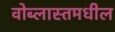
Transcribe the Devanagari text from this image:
वोब्लास्तमधील